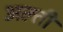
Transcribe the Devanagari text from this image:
अल्ती